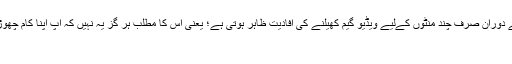
واضح رہے کہ مطالعے کی روشنی میں کام کے دوران صرف چند منٹوں کےلیے ویڈیو گیم کھیلنے کی افادیت ظاہر ہوتی ہے؛ یعنی اس کا مطلب ہر گز یہ نہیں کہ آپ اپنا کام چھوڑ کر گھنٹوں ویڈیو گیم کھیلنے میں لگے رہیں :-
→ انسان کسی اور سیارے سے آیا؟